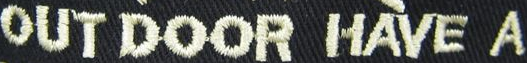
OUT DOOR HAVE A